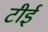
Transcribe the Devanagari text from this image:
टीई